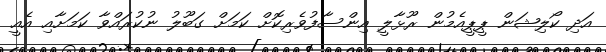
އަދި ކޯލިޝަން ޕީޕީއެމުން ރޫޅާލީ އިންސާފުވެރިކޮށް ކަމަށް ގަބޫލު ނުކުރައްވާ ކަމަށާއި އެއީ